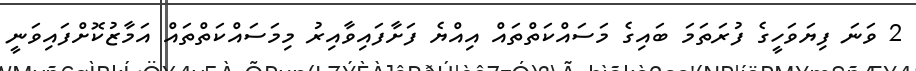
2 ވަނަ ފިޔަވަހީގެ ފުރަތަމަ ބައިގެ މަސައްކަތްތައް އިއްޔެ ފަށާފައިވާއިރު މިމަސައްކަތްތައް އަމާޒުކޮށްފައިވަނީ